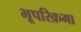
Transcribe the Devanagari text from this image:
भूपरिक्रमा